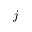
j